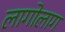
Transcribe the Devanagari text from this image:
लागोलाग